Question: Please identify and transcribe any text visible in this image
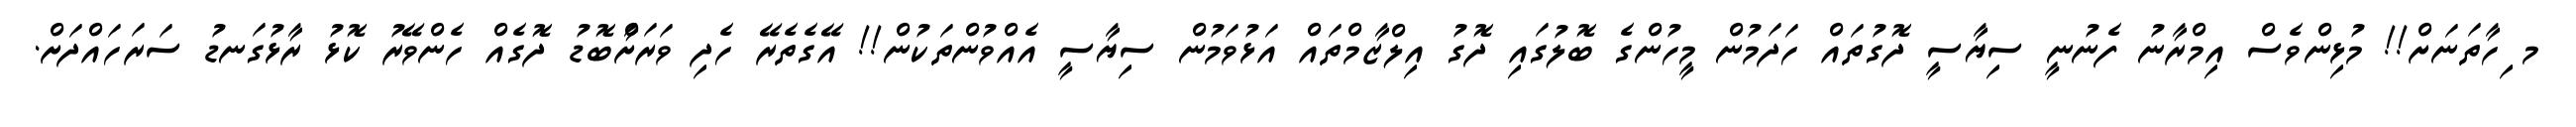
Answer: މ ިހާތަނަށް!! މުޅިންވެސް އިމްރާނު ފެނުނީ ސިޔާސީ ދޮގުތައް ހަދަމުން މީހުންގެ ބޮލުގައި ދޮގު އިލްޒާމްތައް އަޅުވަމުން ސިޔާސީ އެއްވުންތަކުން!! އޭގެތެރޭ ހެދި ވަރަށާްބޮޑު ދޮގެއް ހެންވޭރު ކޮޅު ރާޅުގަނޑު ސަރަހައްދަށް.